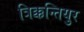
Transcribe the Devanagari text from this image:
त्रिक्कन्तियुर